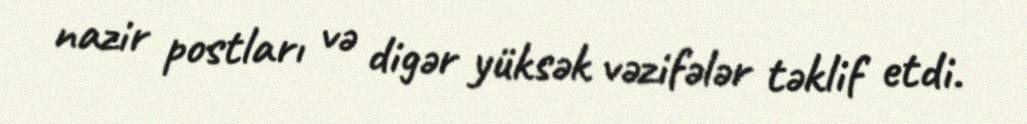
nazir postları və digər yüksək vəzifələr təklif etdi.